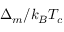
\Delta _ { m } / k _ { B } T _ { c }